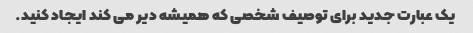
یک عبارت جدید برای توصیف شخصی که همیشه دیر می کند ایجاد کنید.